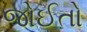
જોઈતો